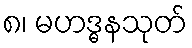
၈၊ မဟဒ္ဓနသုတ်